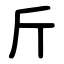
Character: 斤